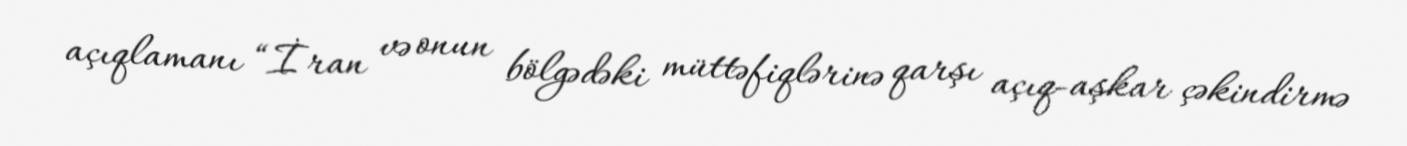
açıqlamanı “İran və onun bölgədəki müttəfiqlərinə qarşı açıq-aşkar çəkindirmə